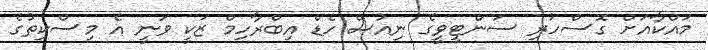
މައްކާއަށް ގޮސްހުރި ސަންޓީވީގެ ނިއުސް ހެޑް އިބްރާހިމް ޒަކީ ވަނީ އެ މިސްކިތުގެ